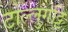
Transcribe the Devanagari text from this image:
टोल्लुगट्टि